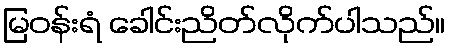
မြဝန်းရံ ခေါင်းညိတ်လိုက်ပါသည်။